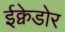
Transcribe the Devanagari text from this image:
ईक्वेडोर